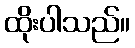
ထိုးပါသည်။